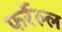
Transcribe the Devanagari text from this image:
फर्रेल्ल